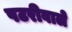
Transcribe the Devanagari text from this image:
पटरीवाले